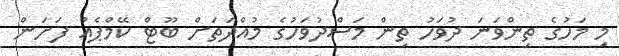
މި މަހުގެ ތިންވަނަ ދުވަހު ތިން މަސްދުވަހުގެ މުއްދަތަށް ބޫޓް ކޭމްޕެއް ފަށަން